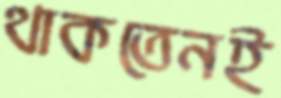
থাকতেনই